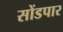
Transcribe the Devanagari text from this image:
सोंडपार